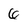
Character: 6